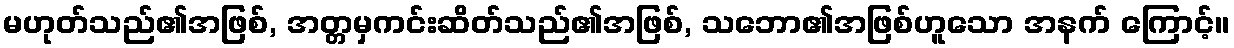
မဟုတ်သည်၏အဖြစ်, အတ္တမှကင်းဆိတ်သည်၏အဖြစ်, သဘော၏အဖြစ်ဟူသော အနက် ကြောင့်။